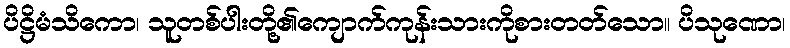
ပိဋ္ဌိမံသိကော၊ သူတစ်ပါးတို့၏ကျောက်ကုန်းသားကိုစားတတ်သော။ ပိသုဏော၊